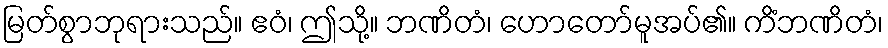
မြတ်စွာဘုရားသည်။ ဧဝံ၊ ဤသို့။ ဘဏိတံ၊ ဟောတော်မူအပ်၏။ ကိံဘဏိတံ၊